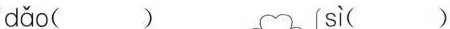
dǎo( ) sì( )